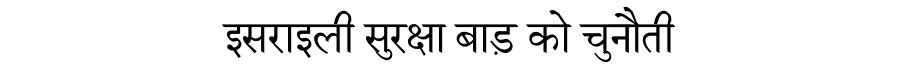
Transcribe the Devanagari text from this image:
इसराइली सुरक्षा बाड़ को चुनौती